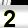
Digit: 2